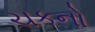
ચકનો